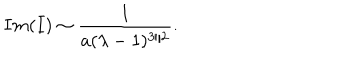
LaTeX: I m ( I ) \sim { \frac { 1 } { a ( \lambda - 1 ) ^ { 3 / 2 } } } .